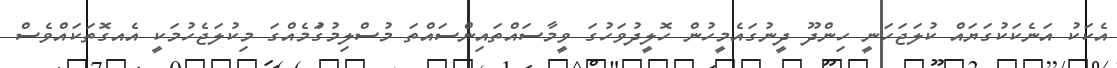
އެކަކު އަނެކަކުގަޔައް ކުލަޖަހަނީ ހިންދޫ ދީނުގައެމީހުން ހޮލީދުވަހުގަ ވީމާސައްތައިންސައްތަ މުސްލިމުގަުމެއްގަ މިކުލަޖެހުމަކީ އެއގޮތަކައްވެސް